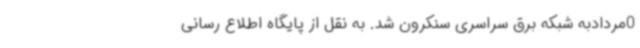
0مردادبه شبکه برق سراسری سنکرون شد. به نقل از پایگاه اطلاع رسانی